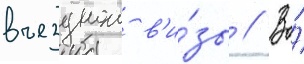
въезднои в'и́зы // Во́